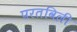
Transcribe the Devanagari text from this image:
परतविली